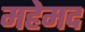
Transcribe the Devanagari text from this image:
महेमद